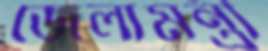
জেলামন্ত্রী